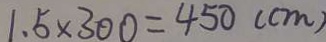
1 . 5 \times 3 0 0 = 4 5 0 ( c m )